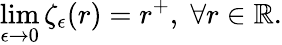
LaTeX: \underset{\epsilon\rightarrow 0}{\operatorname*{lim}}\zeta_{\epsilon}(r)=r^{+},\; \forall r\in\mathbb{R}.